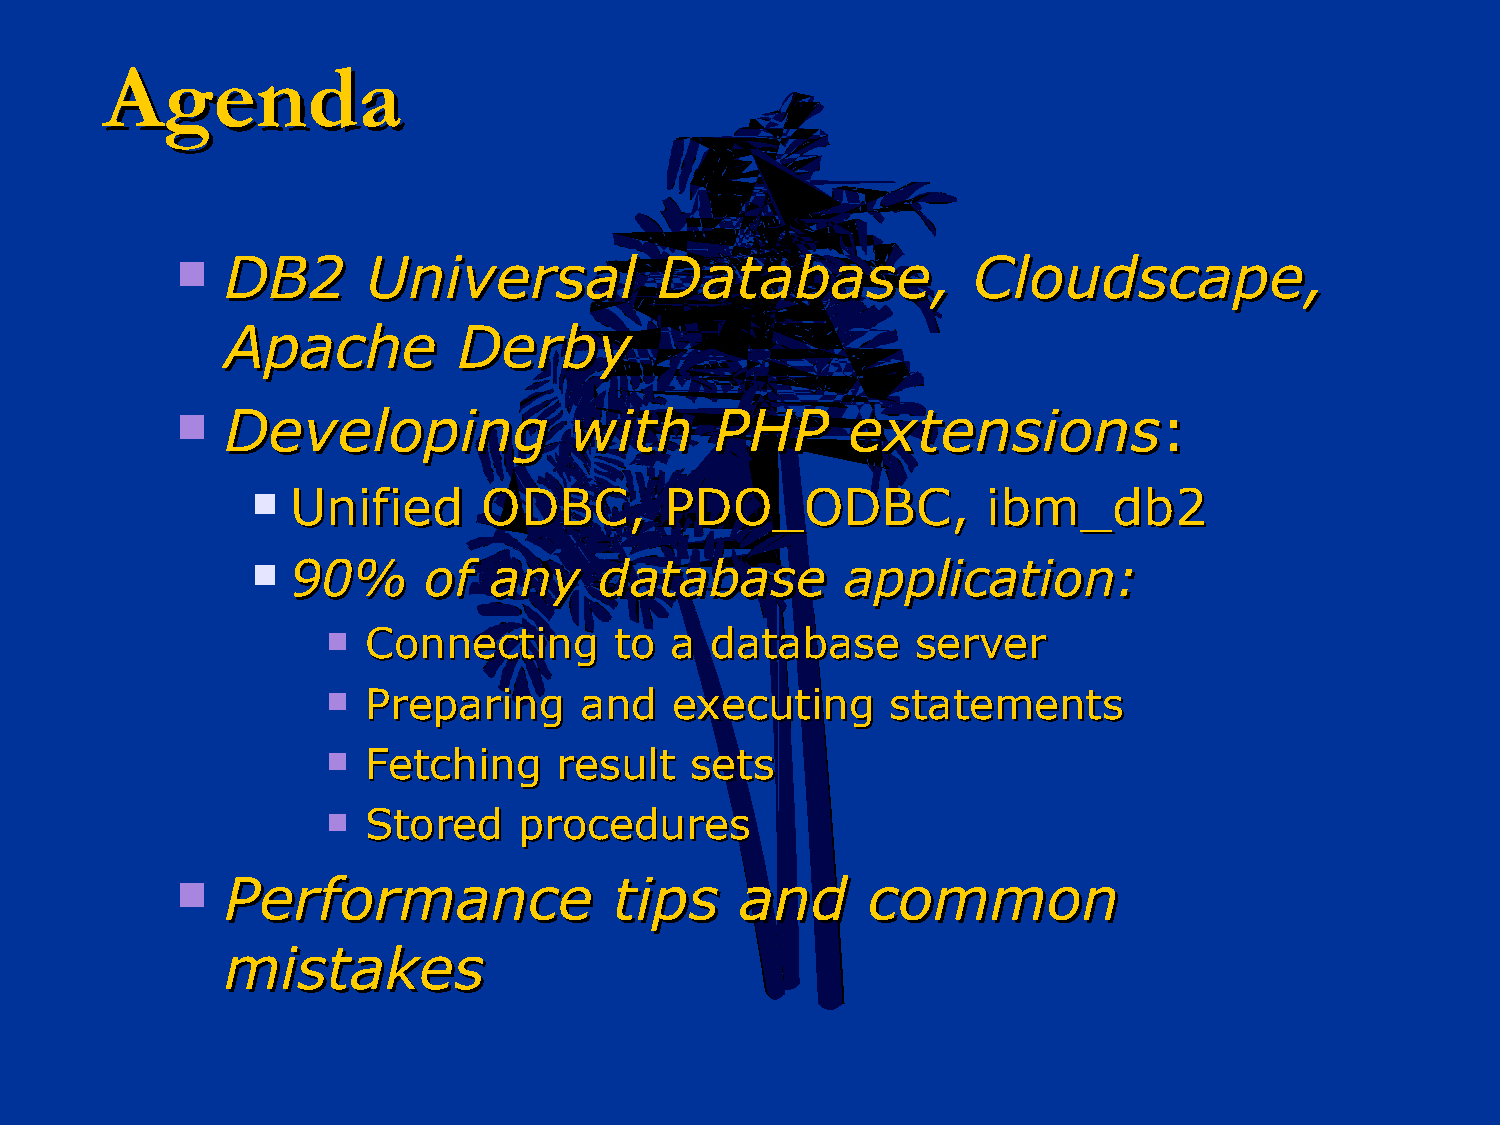
AAggeennddaa
   DDBB22   UUnniivveerrssaall DDaattaabbaassee,,   CClloouuddssccaappee,,
 AAppaacchhee   DDeerrbbyy
   DDeevveellooppiinngg   wwiitthh PPHHPP   eexxtteennssiioonnss::
  UUnniiffiieedd OODDBBCC,, PPDDOO__OODDBBCC,,  iibbmm__ddbb22
  9900%%   ooff aannyy ddaattaabbaassee aapppplliiccaattiioonn::
  CCoonnnneeccttiinngg ttoo aa ddaattaabbaassee sseerrvveerr
  PPrreeppaarriinngg aanndd eexxeeccuuttiinngg ssttaatteemmeennttss
  FFeettcchhiinngg rreessuulltt sseettss
  SSttoorreedd pprroocceedduurreess
   PPeerrffoorrmmaannccee    ttiippss aanndd ccoommmmoonn
 mmiissttaakkeess